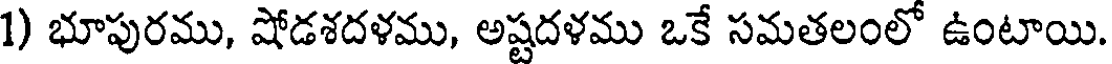
1) భూపురము, షోడశదళము, అష్టదళము ఒకే సమతలంలో ఉంటాయి.